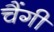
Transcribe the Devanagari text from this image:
चैंगी